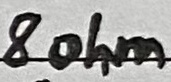
Text: 8ohm